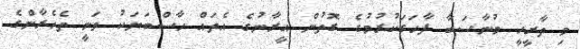
މި ތާރީޚީ މުނާސަބާ ފާހަގަކުރުމުގެ ގޮތުން އީރާނުގެ އެތައް ހާސްބަޔަކު ވަނީ ތެހެރާންގެ